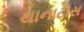
થાનાટોસ